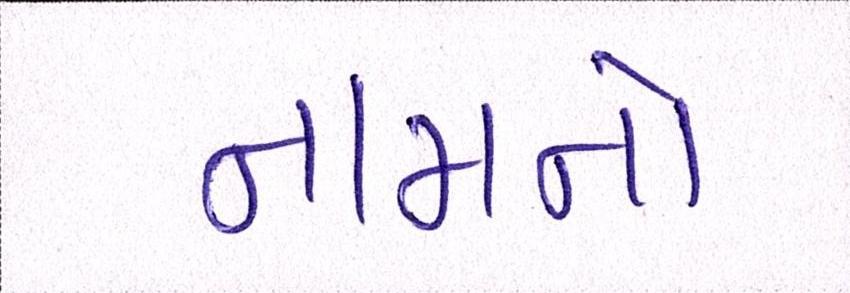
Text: નામનો